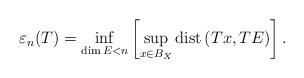
LaTeX: \begin{align*} \varepsilon_{n} (T) = \inf_{\dim E < n} \left[\sup_{x \in B_X} {\rm dist}\, (T x, T E) \right]. \end{align*}